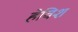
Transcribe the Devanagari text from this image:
हेविश